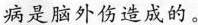
病是脑外伤造成的。